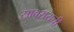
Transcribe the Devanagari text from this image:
सावरायची